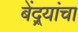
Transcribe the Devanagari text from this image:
बेंद्र्यांचा